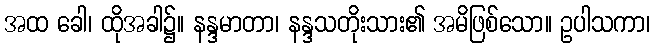
အထ ခေါ၊ ထိုအခါ၌။ နန္ဒမာတာ၊ နန္ဒသတိုးသား၏ အမိဖြစ်သော။ ဥပါသကာ၊